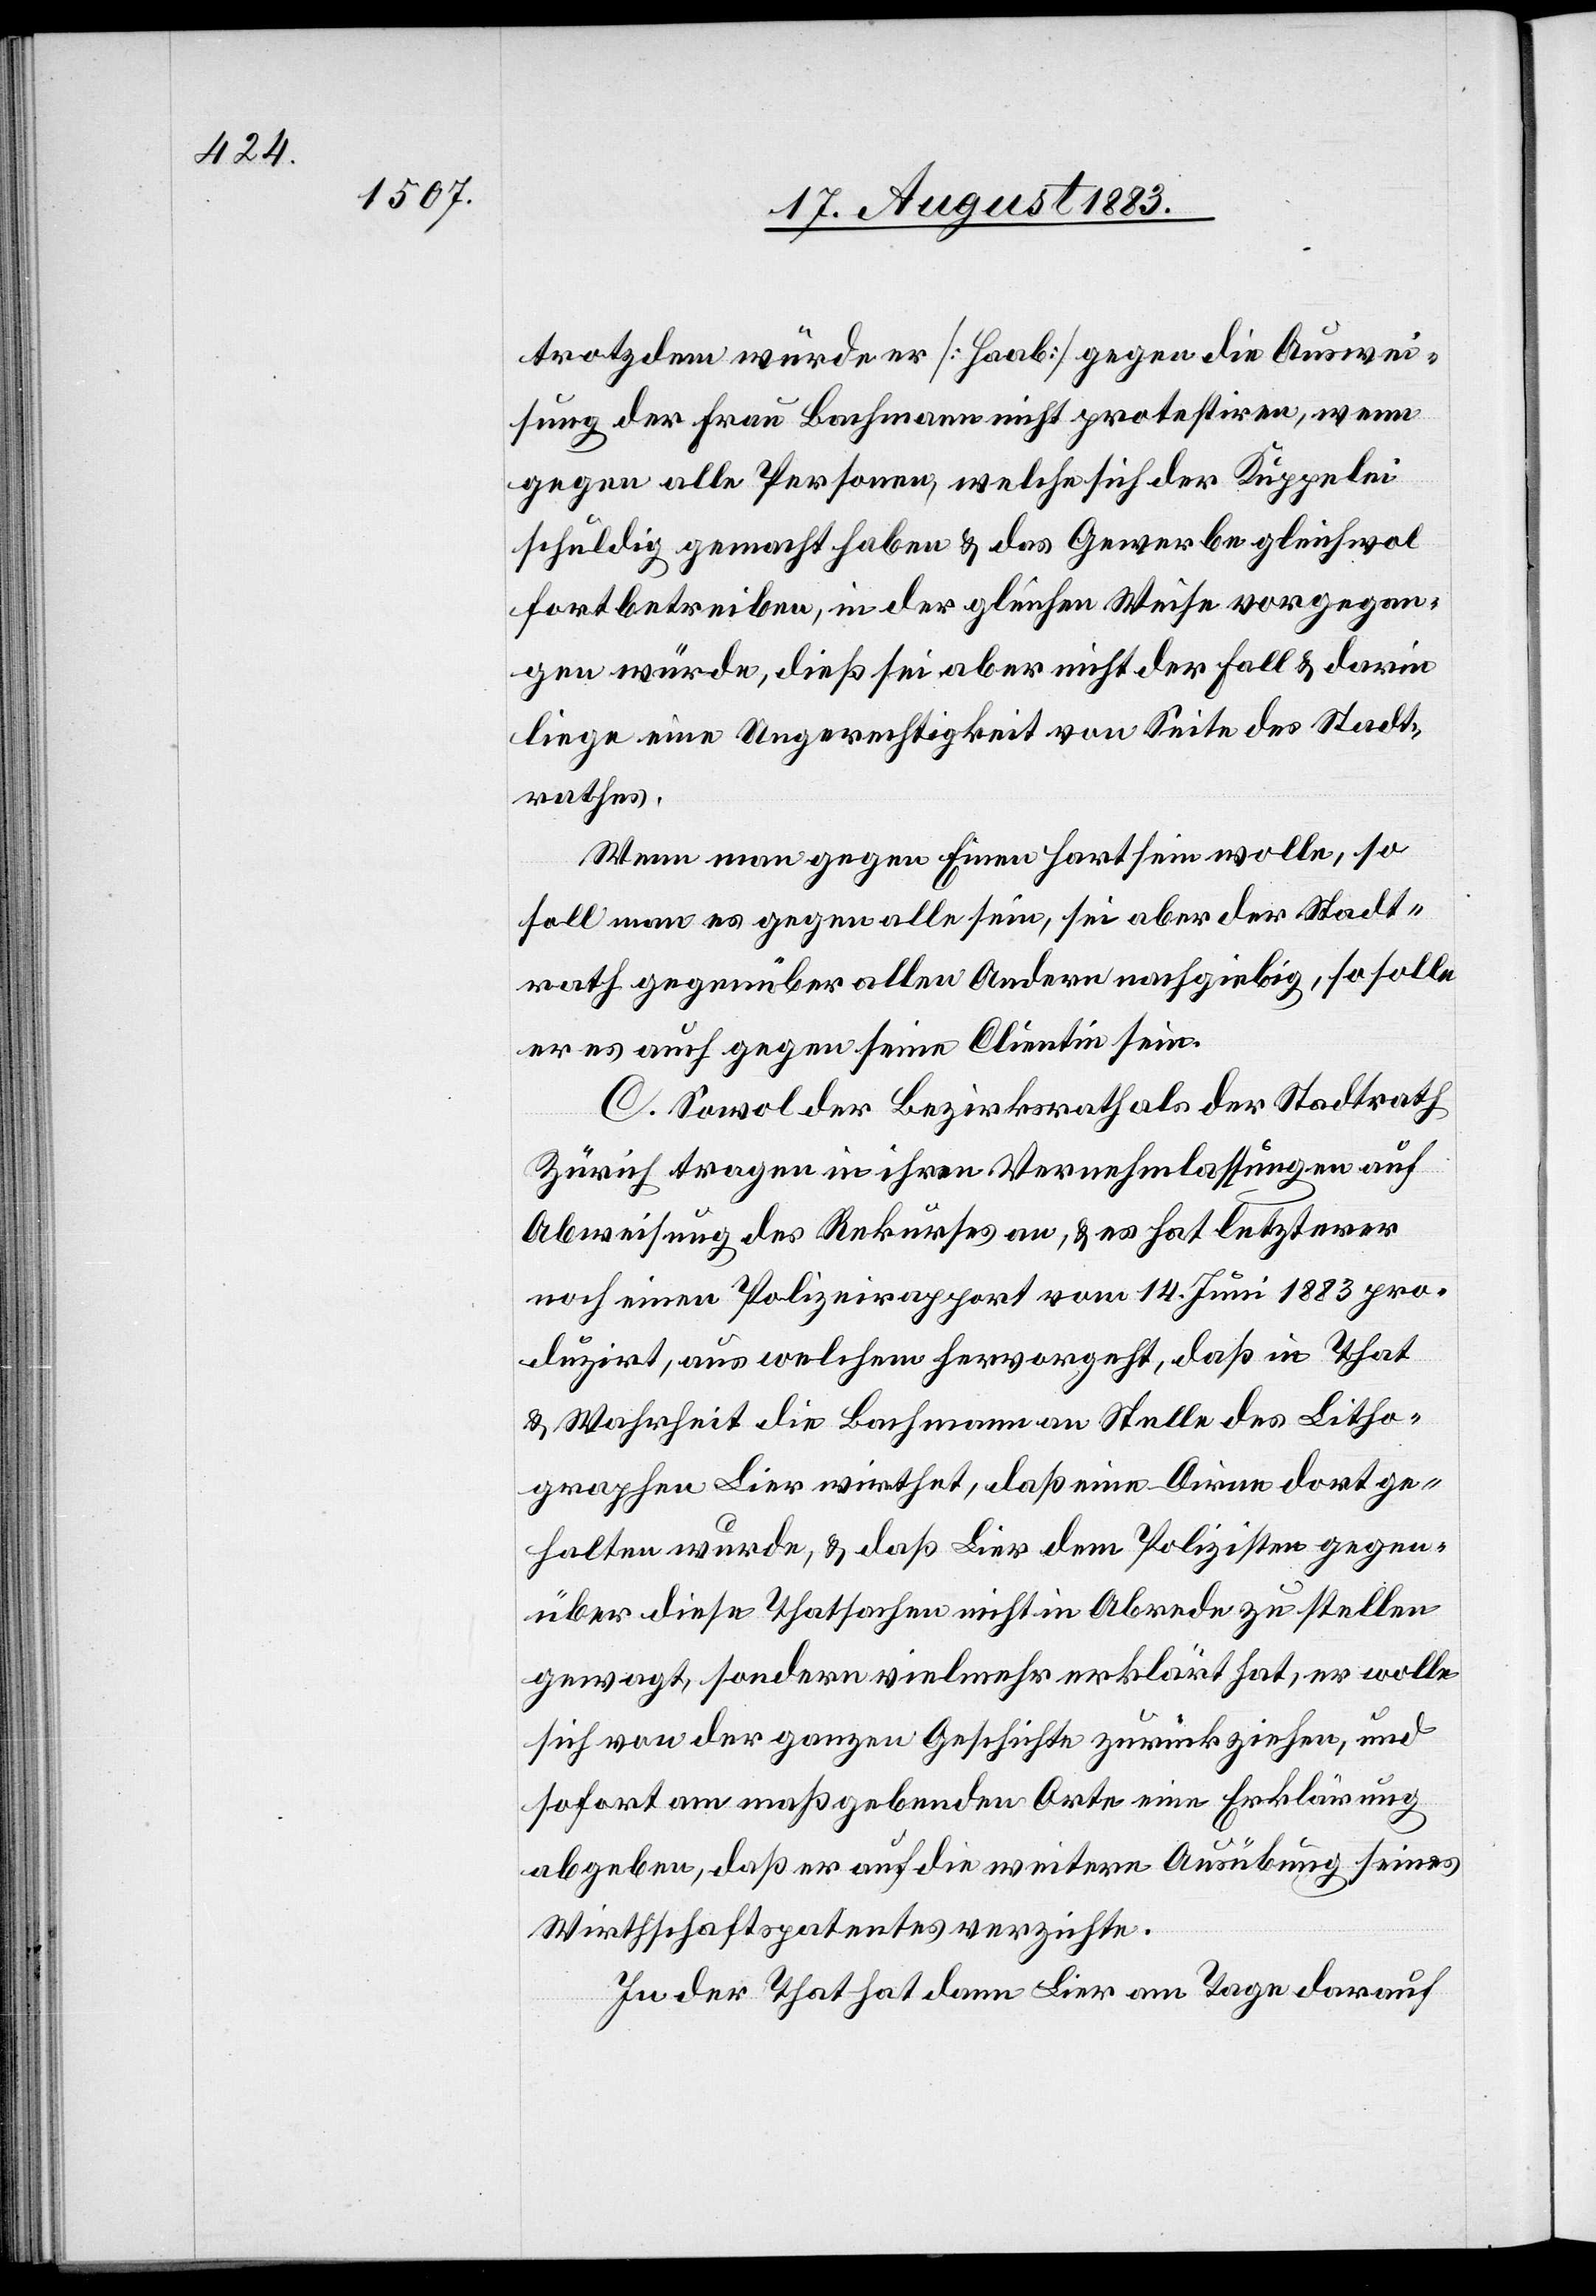
trotzdem würde er [Haab] gegen die Auswei¬
sung der Frau Bachmann nicht protestiren, wenn
gegen alle Personen, welche sich der Kuppelei
schuldig gemacht haben & das Gewerbe gleichwol
fortbetrieben, in der gleichen Weise vorgegan¬
gen würde, dieß sei aber nicht der Fall & darin
liege eine Ungerechtigkeit von Seite des Stadt¬
rathes.
Wenn man gegen Einen hart sein wolle, so
soll man es gegen alle sein, sei aber der Stadt¬
rath gegenüber allen Andern nachgiebig, so solle
er es auch gegen seine Clientin sein.
C. Sowol der Bezirksrath als der Stadtrath
Zürich tragen in ihren Vernehmlassungen auf
Abweisung des Rekurses an, & es hat letzterer
noch einen Polizeirapport vom 14. Juni 1883 pro¬
duzirt, aus welchem hervorgeht, daß eine Dirne
gehalten wurde, & daß Lier dem Polizisten gegen¬
über diese Thatsache nicht in Abrede zu stellen
gewagt, sondern vielmehr erklärt hat, er wolle
sich von der ganzen Geschichte zurückziehen, und
sofort am maßgebenden Orte eine Erklärung
abgeben, daß er auf die weitere Ausübung seines
Wirthschaftspatentes verzichte.
In der That hat dann Lier am Tage darauf